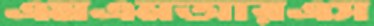
এমএনআরএস